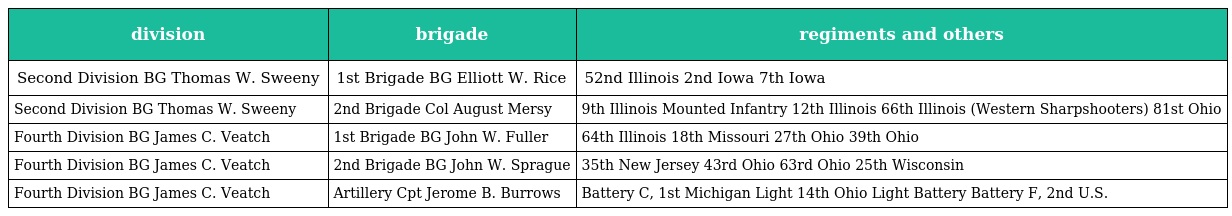
| division | brigade | regiments and others |
 | --- | --- | --- |
 | Second Division BG Thomas W. Sweeny | 1st Brigade BG Elliott W. Rice | 52nd Illinois 2nd Iowa 7th Iowa |
 | Second Division BG Thomas W. Sweeny | 2nd Brigade Col August Mersy | 9th Illinois Mounted Infantry 12th Illinois 66th Illinois (Western Sharpshooters) 81st Ohio |
 | Fourth Division BG James C. Veatch | 1st Brigade BG John W. Fuller | 64th Illinois 18th Missouri 27th Ohio 39th Ohio |
 | Fourth Division BG James C. Veatch | 2nd Brigade BG John W. Sprague | 35th New Jersey 43rd Ohio 63rd Ohio 25th Wisconsin |
 | Fourth Division BG James C. Veatch | Artillery Cpt Jerome B. Burrows | Battery C, 1st Michigan Light 14th Ohio Light Battery Battery F, 2nd U.S. |